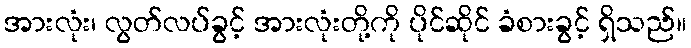
အားလုံး၊ လွတ်လပ်ခွင့် အားလုံးတို့ကို ပိုင်ဆိုင် ခံစားခွင့် ရှိသည်။